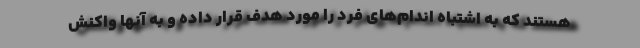
هستند که به اشتباه اندام‌های فرد را مورد هدف قرار داده و به آنها واکنش